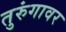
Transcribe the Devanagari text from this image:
तुरुंगावर